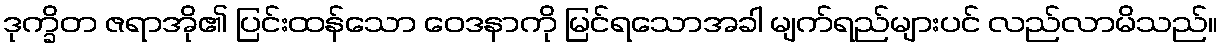
ဒုက္ခိတ ဇရာအို၏ ပြင်းထန်သော ဝေဒနာကို မြင်ရသောအခါ မျက်ရည်များပင် လည်လာမိသည်။